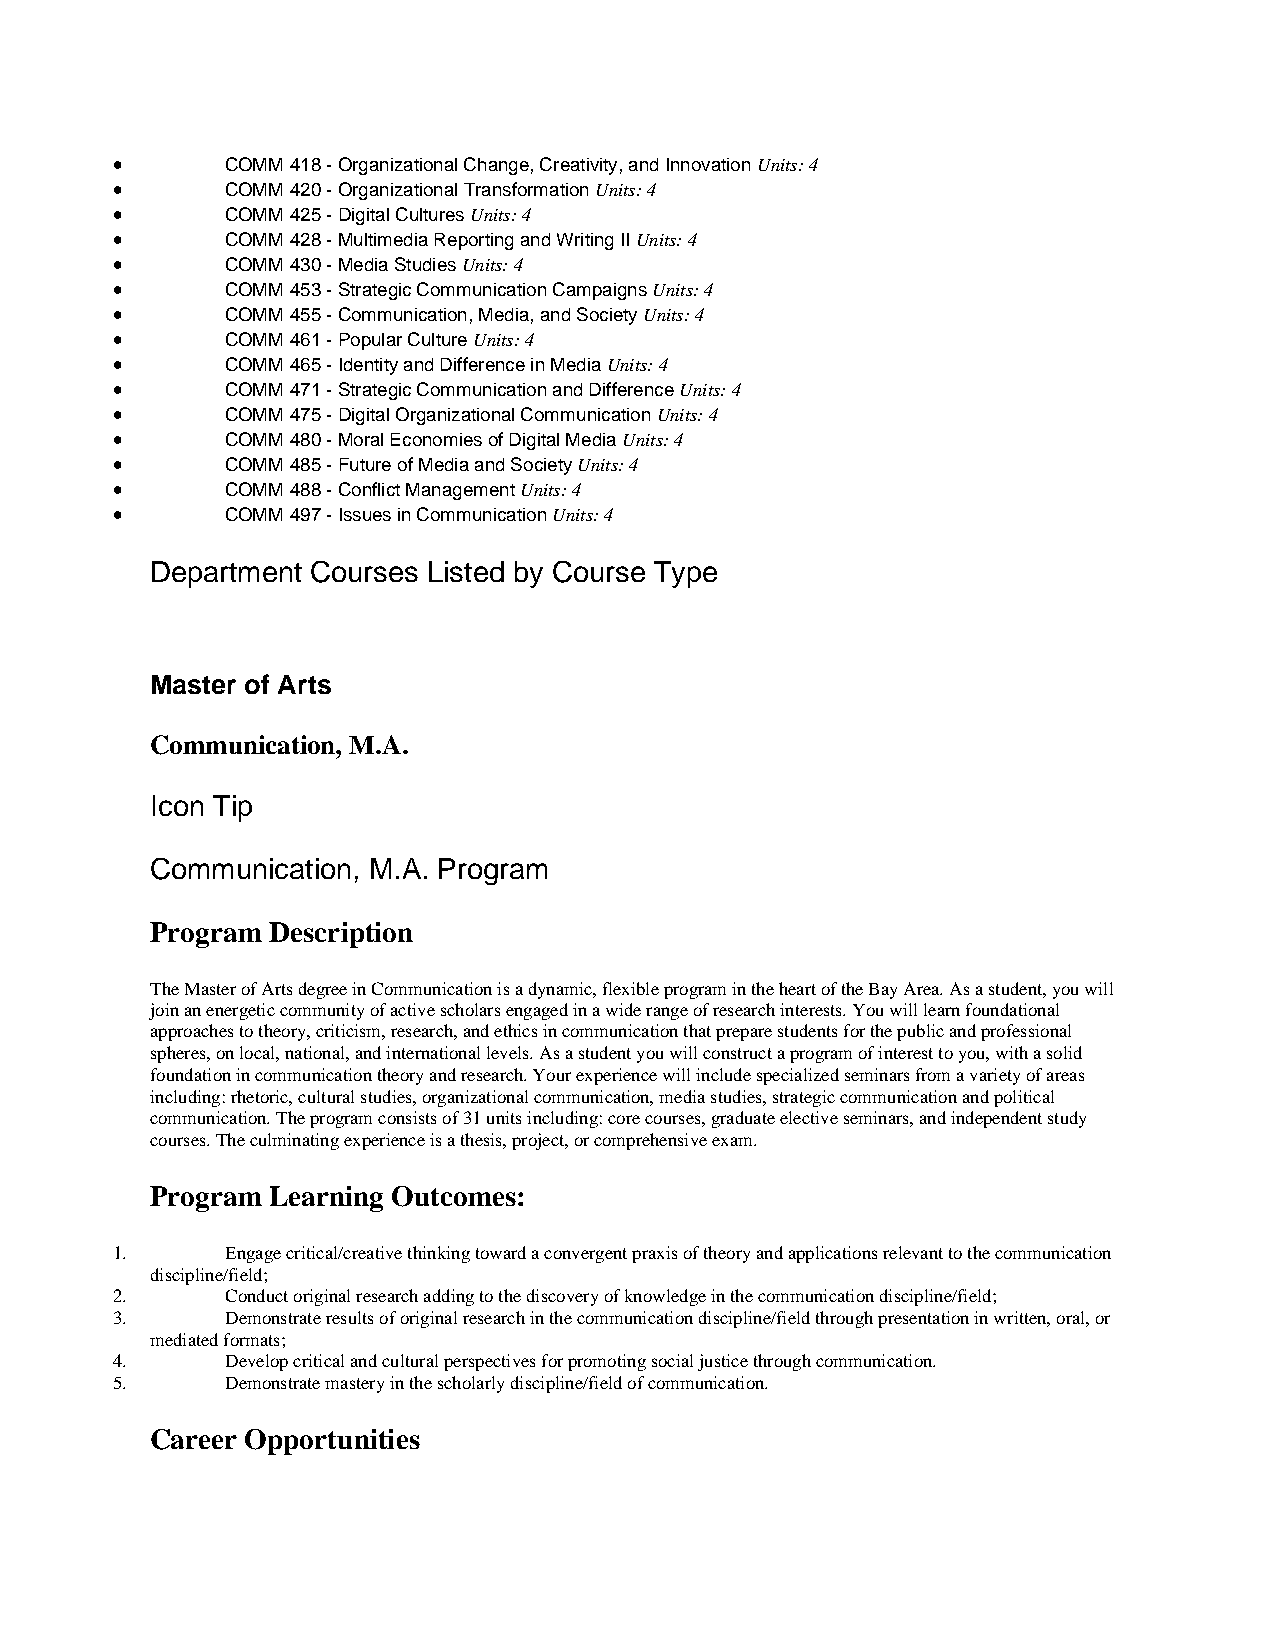
•       COMM 418 - Organizational Change, Creativity, and Innovation Units: 4
 •       COMM 420 - Organizational Transformation Units: 4
 •       COMM 425 - Digital Cultures Units: 4
 •       COMM 428 - Multimedia Reporting and Writing II Units: 4
 •       COMM 430 - Media Studies Units: 4
 •       COMM 453 - Strategic Communication Campaigns Units: 4
 •       COMM 455 - Communication, Media, and Society Units: 4
 •       COMM 461 - Popular Culture Units: 4
 •       COMM 465 - Identity and Difference in Media Units: 4
 •       COMM 471 - Strategic Communication and Difference Units: 4
 •       COMM 475 - Digital Organizational Communication Units: 4
 •       COMM 480 - Moral Economies of Digital Media Units: 4
 •       COMM 485 - Future of Media and Society Units: 4
 •       COMM 488 - Conflict Management Units: 4
 •       COMM 497 - Issues in Communication Units: 4
 Department Courses Listed by Course Type
 Master of Arts
 Communication, M.A.
 Icon Tip
 Communication, M.A. Program
 Program Description
 The Master of Arts degree in Communication is a dynamic, flexible program in the heart of the Bay Area. As a student, you will
 join an energetic community of active scholars engaged in a wide range of research interests. You will learn foundational
 approaches to theory, criticism, research, and ethics in communication that prepare students for the public and professional
 spheres, on local, national, and international levels. As a student you will construct a program of interest to you, with a solid
 foundation in communication theory and research. Your experience will include specialized seminars from a variety of areas
 including: rhetoric, cultural studies, organizational communication, media studies, strategic communication and political
 communication. The program consists of 31 units including: core courses, graduate elective seminars, and independent study
 courses. The culminating experience is a thesis, project, or comprehensive exam.
 Program Learning Outcomes:
 1.      Engage critical/creative thinking toward a convergent praxis of theory and applications relevant to the communication
 discipline/field;
 2.      Conduct original research adding to the discovery of knowledge in the communication discipline/field;
 3.      Demonstrate results of original research in the communication discipline/field through presentation in written, oral, or
 mediated formats;
 4.      Develop critical and cultural perspectives for promoting social justice through communication.
 5.      Demonstrate mastery in the scholarly discipline/field of communication.
 Career Opportunities